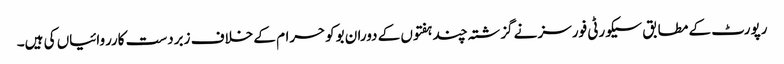
رپورٹ کے مطابق سیکورٹی فورسز نے گزشتہ چند ہفتوں کے دوران بوکوحرام کے خلاف زبردست کارروائیاں کی ہیں۔